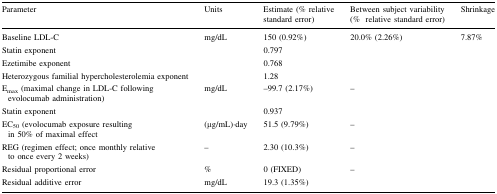
| Parameter | Units | Estimate (% relative standard error) | Between subject variability (%relative standard error) | Shrinkage |
 | --- | --- | --- | --- | --- |
 | Baseline LDL-C | mg/dL | 150 (0.92%) | 20.0% (2.26%) | 7.87% |
 | Statin exponent |  | 0.797 |  |  |
 | Ezetimibe exponent |  | 0.768 |  |  |
 | Heterozygous familial hypercholesterolemia exponent |  | 1.28 |  |  |
 | Emax (maximal change in LDL-C following evolocumab administration) | mg/dL | –99.7 (2.17%) | – |  |
 | Statin exponent |  | 0.937 |  |  |
 | EC50 (evolocumab exposure resulting in 50% of maximal effect | (μg/mL)·day | 51.5 (9.79%) | – |  |
 | REG (regimen effect; once monthly relative to once every 2 weeks) | – | 2.30 (10.3%) | – |  |
 | Residual proportional error | % | 0 (FIXED) | – |  |
 | Residual additive error | mg/dL | 19.3 (1.35%) |  |  |